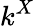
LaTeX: k^{X}